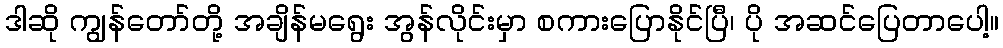
ဒါဆို ကျွန်တော်တို့ အချိန်မရွေး အွန်လိုင်းမှာ စကားပြောနိုင်ပြီ၊ ပို အဆင်ပြေတာပေါ့။